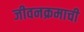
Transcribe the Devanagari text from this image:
जीवनक्रमाची